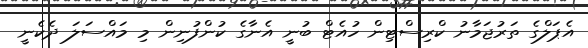
އެޕަލްގެ ތަރުޖަމާނު ކްރިސްޓިން ހުއެޓް ބުނީ އެނާގެ ކުންފުނިން މި މައްސަލަ ދެކެނީ